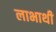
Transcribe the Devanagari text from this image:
लाभाथी